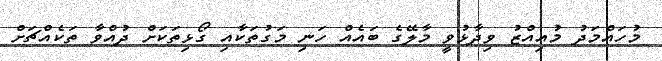
މުހައްމަދު މުއިއްޒު ވިދާޅުވީ މާލޭގެ ބައެއް ހަނި މަގުތަކާއި ގޯޅިތަކަށް ދުއްވާ ތަކެއްޗަށް